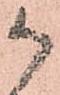
御